Scottish Certificate of Education, 1962
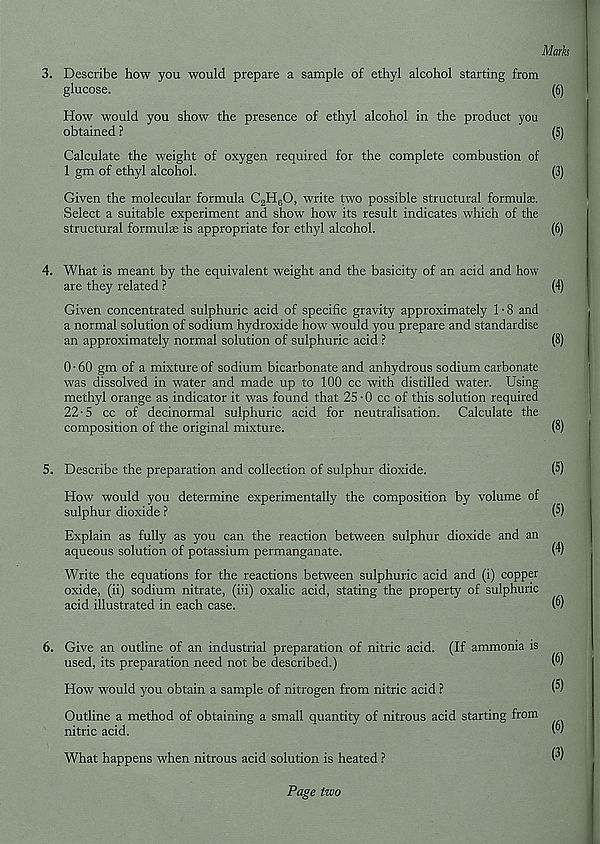
Marks
3. Describe how you would prepare a sample of ethyl alcohol starting from
glucose.
(6)
How would you show the presence of ethyl alcohol in the product you
obtained ?
(5)
Calculate the weight of oxygen required for the complete combustion of
1 gm of ethyl alcohol.
(3)
Given the molecular formula C 2 H 6 0, write two possible structural formulae.
Select a suitable experiment and show how its result indicates which of the
structural formulae is appropriate for ethyl alcohol.
(6)
4. What is meant by the equivalent weight and the basicity of an acid and how
are they related ?
(4)
Given concentrated sulphuric acid of specific gravity approximately 1 • 8 and
a normal solution of sodium hydroxide how would you prepare and standardise
an approximately normal solution of sulphuric acid ?
(8)
0 • 60 gm of a mixture of sodium bicarbonate and anhydrous sodium carbonate
was dissolved in water and made up to 100 cc with distilled water. Using
methyl orange as indicator it was found that 25-0 cc of this solution required
22-5 cc of decinormal sulphuric acid for neutralisation. Calculate the
composition of the original mixture.
(8)
5. Describe the preparation and collection of sulphur dioxide.
(5)
How would you determine experimentally the composition by volume of
sulphur dioxide ?
(5)
Explain as fully as you can the reaction between sulphur dioxide and an
aqueous solution of potassium permanganate.
0)
Write the equations for the reactions between sulphuric acid and (i) copper
oxide, (ii) sodium nitrate, (iii) oxalic acid, stating the property of sulphuric
acid illustrated in each case.
(6)
6. Give an outline of an industrial preparation of nitric acid. (If ammonia is
used, its preparation need not be described.)
W
How would you obtain a sample of nitrogen from nitric acid ?
Outline a method of obtaining a small quantity of nitrous acid starting from
nitric acid.
What happens when nitrous acid solution is heated ?
Page two